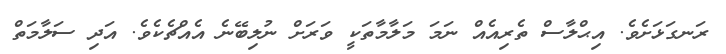
ރަނގަޅަށެވެ. އިޙްލާސް ތެރިއެއް ނަމަ މަލާމާތަކީ ވަރަށް ނުލިބޭނެ އެއްޗެކެވެ. އަދި ސަލާމަތް